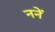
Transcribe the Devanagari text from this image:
ननें